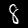
Digit: 8